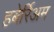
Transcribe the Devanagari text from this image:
हबेर्रिअम